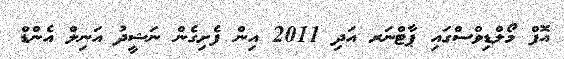
އޮފް މޯލްޑިވްސްގައި ޕާޓްނަރ އަދި 2011 އިން ފެށިގެން ނަޝީދު އަނިލް އެންޑް